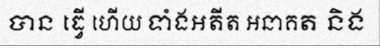
បាន ធ្វើ ហើយ ទាំងអតីត អនាគត និង